Insane asylums in Bengal annual reports 1867-1875 - 1867-1875
Year: 1867
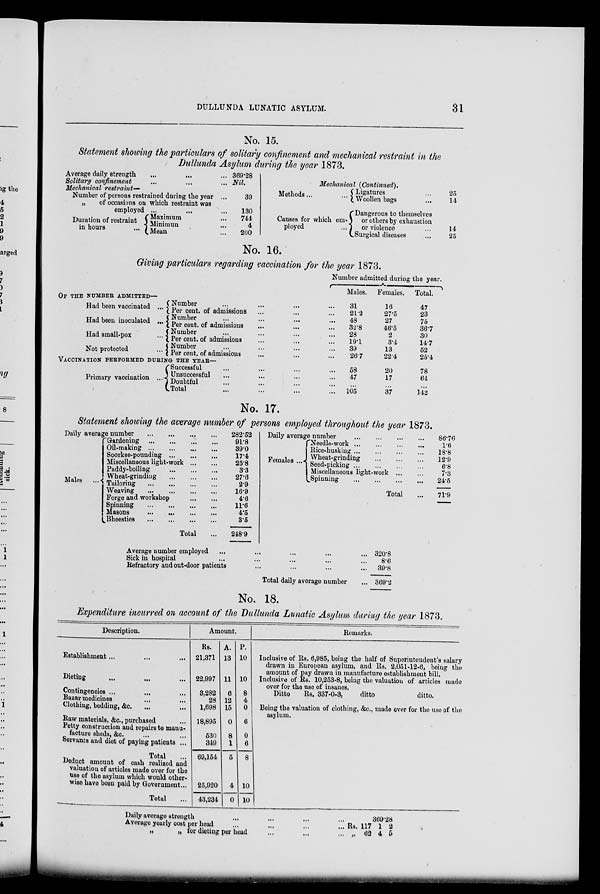
DULLUNDA LUNATIC ASYLUM.
31
No. 15.
Statement showing the particulars of solitary confinement and mechanical restraint in the
Dullunda Asylum during the year 1873.
Average daily strength
...
...
...
Solitary confinement
...
...
...
369.28
Nil.
Mechanical restraint—
Number of persons restrained during the year ...
„ of occasions on which restraint was
employed ... ... ...
Duration of restraint
in hours ...
Maximum ...
Minimun ...
Mean ...
39
130
744
4
200
Mechanical (Continued).
Methods... ...
Causes for which em-
ployed ...
Ligatures ...
Woollen bags ...
Dangerous to themselves
or others by exhaustion
or violence ...
Surgical diseases ...
25
14
14
25
No. 16.
Giving particulars regarding vaccination for the year 1873.
OF THE NUMBER ADMITTED—
Had been vaccinated ...
Had been inoculated ...
Had small-pox ...
Not protected ...
Number ... ... ... ...
Per cent. of admissions ... ... ...
Number ... ... ... ...
Per cent. of admissions ... ... ...
Number ... ... ... ...
Per cent. of admissions ... ... ...
Number ... ... ... ...
Per cent. of admissions ... ... ...
Number admitted during the year.
Males.
31
21.2
48
32.8
28
19.1
39
26.7
Females.
16
27.5
27
46.5
2
3.4
13
22.4
Total.
47
23
75
36.7
30
14.7
52
25.4
VACCINATION PERFORMED DURING THE YEAR—
Primary vaccination ...
Successful ... ... ... ...
Unsuccessful ... ... ... ...
Doubtful ... ... ... ...
Total ... ... ... ...
58
47
...
105
20
17
...
37
78
64
...
142
No. 17.
Statement showing the average number of persons employed throughout the year 1873.
Daily average number
...
...
...
...
Males ...
Gardening
...
...
...
...
Oil-making
...
...
...
...
Soorkee-pounding ... ... ... ...
Miscellaneous light-work
...
...
Paddy-boiling
...
...
...
...
Wheat-grinding
...
...
...
Tailoring
...
...
...
...
Weaving
...
...
...
...
Forge and workshop
...
...
Spinning
...
...
...
...
Masons
...
...
...
...
Bheesties
...
...
...
...
Total ...
282.52
91.8
39.0
17.4
25.8
3.3
27.6
2.9
16.9
4.6
11.6 4.5
3.5
248.9
Daily average number
...
...
...
...
Females ...
Needle-work
...
...
...
...
Rice-husking
...
...
...
...
Wheat-grinding ... ... ...
Seed-picking
...
...
...
...
Miscellaneous light-work
...
...
Spinning
...
...
...
...
Total ...
86.76
1.6
18.8
12.9
6.8
7.3
24.5
71.9
Average number employed ... ... ... ... ...
Sick in hospital ... ... ... ... ...
Refractory and out-door patients ... ... ... ...
Total daily average number ...
320.8
8.6
39.8
369.2
No. 18.
Expenditure incurred on account of the Dullunda Lunatic Asylum during the year 1873.
Description.
Establishment ... ... ...
Dieting ... ... ...
Contingencies ... ... ...
Bazar medicines ... ...
Clothing, bedding, &c.
...
...
Raw materials, &c., purchased ...
Petty construction and repairs to manu-
facture sheds, &c. ... ...
Servants and diet of paying patients ...
Total ...
Deduct amount of cash realized and
valuation of articles made over for the
use of the asylum which would other-
wise have been paid by Government...
Total ...
Amount.
Rs.
21,371
22,997
3,282
28
1,698
18,895
530
349
69,154
25,920
43,234
A.
13
11
6
12
15
0
8
1
5
4
0
P.
10
10
8
4
0
6
0
6
8
10
10
Remarks.
Inclusive of Rs. 6,985, being the half of Superintendent's salary
drawn in European asylum, and Rs. 2,051-12-6, being the
amount of pay drawn in manufacture establishment bill.
Inclusive of Rs. 10,253-8, being the valuation of articles made
over for the use of insanes.
Ditto
Rs. 337-0-3,
ditto
ditto.
Being the valuation of clothing, &c., made over for the use of the
asylum.
Daily average strength ... ... ... ...
Average yearly cost per head ... ... ... ...
„ „ for dieting per head ... ... ...
369.28
Rs.
„
117
62
1
4
2
5